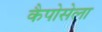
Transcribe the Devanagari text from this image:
कैपोसेला